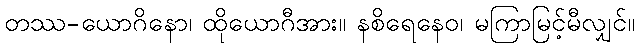
တဿ-ယောဂိနော၊ ထိုယောဂီအား။ နစိရေနေဝ၊ မကြာမြင့်မီလျှင်။